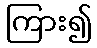
ကြား၍